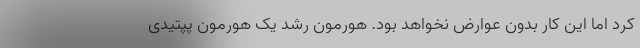
کرد اما این کار بدون عوارض نخواهد بود. هورمون رشد یک هورمون پپتیدی